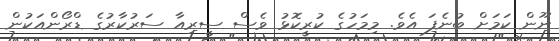
ނޫން ކަމަށް ބުނެފަ އެވެ. މިމަހުގެ ކުރީކޮޅު ވެސް ސީރިއާ ސަރުކާރުގެ ޑްރޯންއަކުން